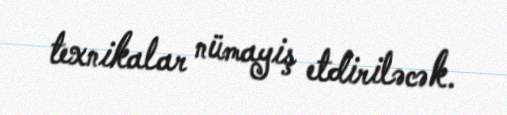
texnikalar nümayiş etdiriləcək.